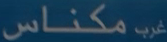
مكنااس غرب